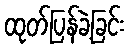
ထုတ်ပြန်ခဲ့ခြင်း